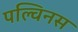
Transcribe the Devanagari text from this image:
पल्विनस